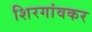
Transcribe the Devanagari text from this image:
शिरगांवकर